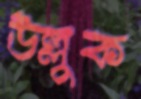
উল্লুক